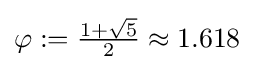
\varphi :={\tfrac {1+{\sqrt {5}}}{2}}\approx 1.618